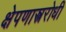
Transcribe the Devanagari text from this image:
क्षेपणास्त्ररोधी